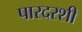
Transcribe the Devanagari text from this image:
पारदरशी